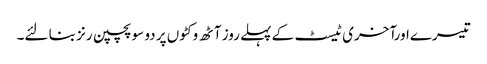
تیسرےاورآخری ٹیسٹ کے پہلے روز آٹھ وکٹوں پر دو سو پچپن رنز بنا لئے۔